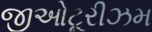
જીઓટૂરીઝમ